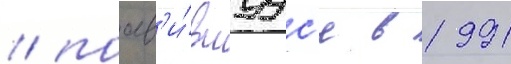
/ поав'и́вшуус'я в 1991